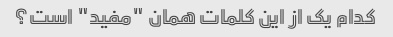
کدام یک از این کلمات همان "مفید" است؟